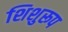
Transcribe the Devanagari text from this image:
शिशुरूप